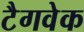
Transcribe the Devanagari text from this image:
टैगवेक